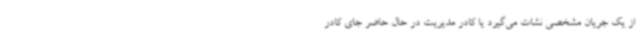
از یک جریان مشخصی نشات می‌گیرد یا کادر مدیریت در حال حاضر جای کادر